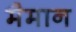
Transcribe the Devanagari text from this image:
मैमान